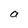
Character: n